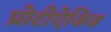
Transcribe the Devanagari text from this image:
प्रोटीऐजिज